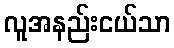
လူအနည်းငယ်သာ